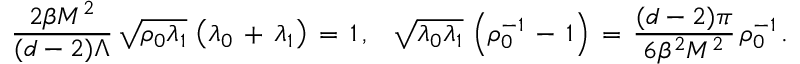
\frac { 2 \beta M ^ { 2 } } { ( d - 2 ) \Lambda } \, \sqrt { \rho _ { 0 } \lambda _ { 1 } } \, \left( \lambda _ { 0 } \, + \, \lambda _ { 1 } \right) \, = \, 1 \, { , } \quad \sqrt { \lambda _ { 0 } \lambda _ { 1 } } \, \left( \rho _ { 0 } ^ { - 1 } \, - \, 1 \right) \, = \, \frac { ( d - 2 ) \pi } { 6 \beta ^ { 2 } M ^ { 2 } } \, \rho _ { 0 } ^ { - 1 } \, { . }